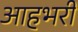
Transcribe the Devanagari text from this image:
आहभरी